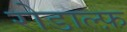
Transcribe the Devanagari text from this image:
रोडाल्फ़